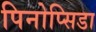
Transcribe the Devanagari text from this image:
पिनोप्सिडा